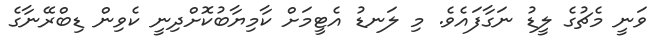
ވަނީ މެޗުގެ ލީޑު ނަގާފައެވެ. މި ލަނޑު އެޓީމަށް ކާމިޔާބުކޮށްދިނީ ކެވިން ޑިބްރޭނާގެ